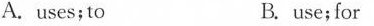
A. uses;to B. use; for